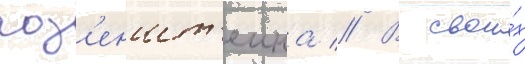
роз'еншт'еина // В свои́х